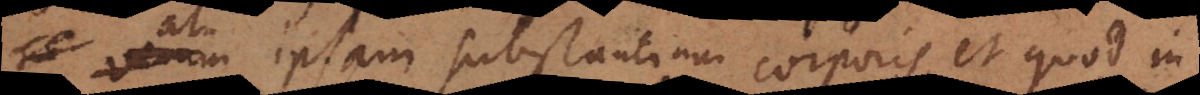
at ipsam substantiam corporis, et quod in